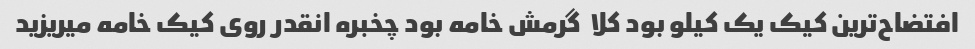
افتضاح‌ترین کیک یک کیلو بود کلا  گرمش خامه بود چخبره انقدر روی کیک خامه میریزید